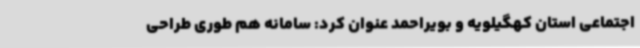
اجتماعی استان کهگیلویه و بویراحمد عنوان کرد: سامانه هم طوری طراحی